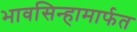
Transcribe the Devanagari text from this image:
भावसिन्हामार्फत